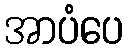
အာပံပေ